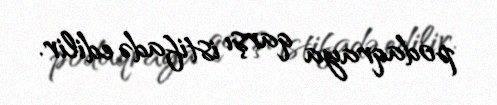
podaqraya qarşı istifadə edilir.